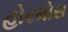
હોરમોસ